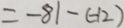
= - 8 1 - ( - 1 2 )